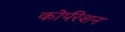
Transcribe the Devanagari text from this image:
कोर्परेशन